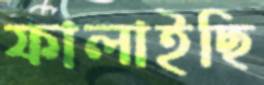
ফালাইছি